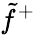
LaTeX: \tilde{f}^{+}